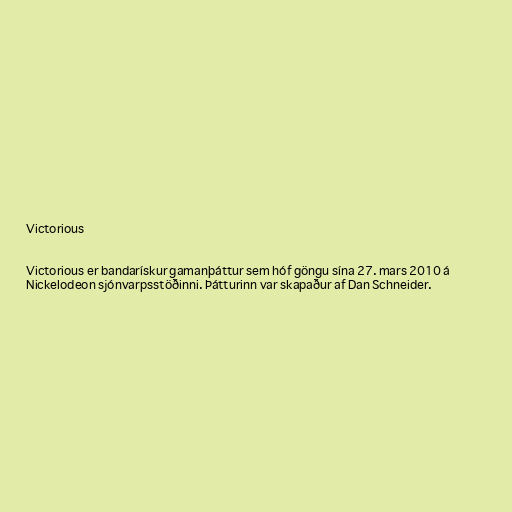
Victorious

Victorious er bandarískur gamanþáttur sem hóf göngu sína 27. mars 2010 á
Nickelodeon sjónvarpsstöðinni. Þátturinn var skapaður af Dan Schneider.